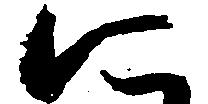
に